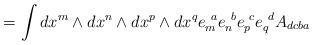
LaTeX: \begin{align*}= \int dx^m\wedge dx^n\wedge dx^p\wedge dx^q e_m^{\ a} e_n^{\ b} e_p^{\ c} e_q^{\ d} A_{dcba}\end{align*}